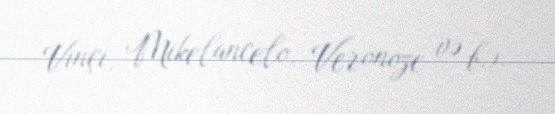
Vinçi, Mikelancelo, Veronoze və b.).